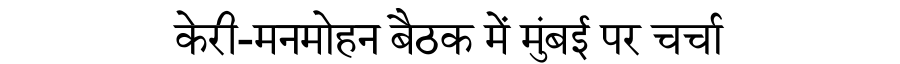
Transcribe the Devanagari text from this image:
केरी-मनमोहन बैठक में मुंबई पर चर्चा